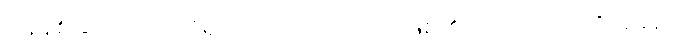
ပြန်နစ်ခြင်းငှာ အလိုရှိသည်။ အဟောသိ၊ ဖြစ်၏။ အထ ခေါ၊ ထိုအခါ၌။